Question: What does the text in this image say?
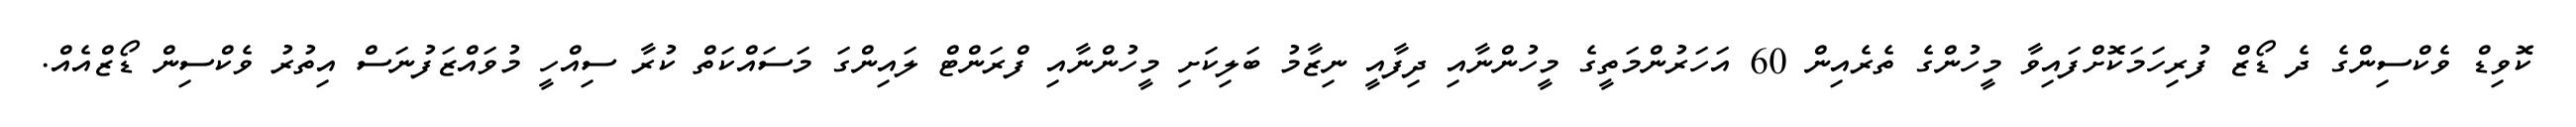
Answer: ކޮވިޑް ވެކްސިންގެ ދެ ޑޯޒް ފުރިހަމަކޮށްފައިވާ މީހުންގެ ތެރެއިން 60 އަހަރުންމަތީގެ މީހުންނާއި ދިފާއީ ނިޒާމު ބަލިކަށި މީހުންނާއި ފްރަންޓް ލައިންގަ މަސައްކަތް ކުރާ ސިއްހީ މުވައްޒަފުނަސް އިތުރު ވެކްސިން ޑޯޒްއެއް.